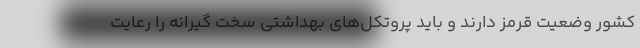
کشور وضعیت قرمز دارند و باید پروتکل‌های بهداشتی سخت گیرانه را رعایت